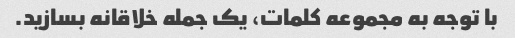
با توجه به مجموعه کلمات، یک جمله خلاقانه بسازید.